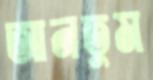
আনতুম